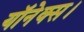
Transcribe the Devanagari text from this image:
यॉनेक्स।